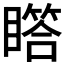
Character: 𪾾